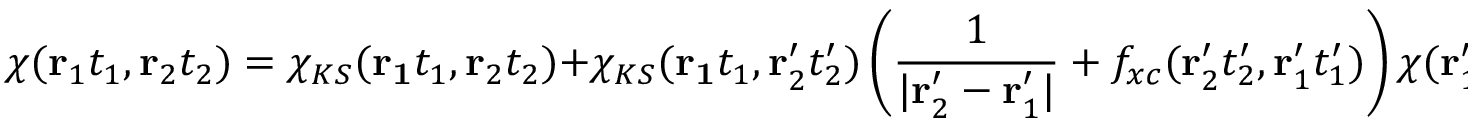
\chi ( \mathbf { r } _ { 1 } t _ { 1 } , \mathbf { r } _ { 2 } t _ { 2 } ) = \chi _ { K S } ( \mathbf { r _ { 1 } } t _ { 1 } , \mathbf { r } _ { 2 } t _ { 2 } ) + \chi _ { K S } ( \mathbf { r _ { 1 } } t _ { 1 } , \mathbf { r } _ { 2 } ^ { \prime } t _ { 2 } ^ { \prime } ) \left( { \frac { 1 } { | \mathbf { r } _ { 2 } ^ { \prime } - \mathbf { r } _ { 1 } ^ { \prime } | } } + f _ { x c } ( \mathbf { r } _ { 2 } ^ { \prime } t _ { 2 } ^ { \prime } , \mathbf { r } _ { 1 } ^ { \prime } t _ { 1 } ^ { \prime } ) \right) \chi ( \mathbf { r } _ { 1 } ^ { \prime } t _ { 1 } ^ { \prime } , \mathbf { r } _ { 2 } t _ { 2 } )